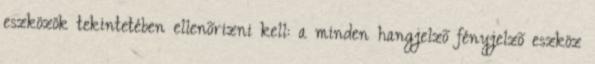
eszközök tekintetében ellenõrizni kell: a minden hangjelzõ fényjelzõ eszköz